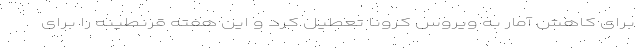
برای کاهش آمار به ویروس کرونا تعطیل کرد و این هفته قرنطینه را برای